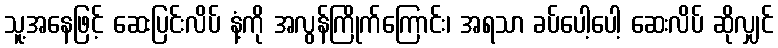
သူ့အနေဖြင့် ဆေးပြင်းလိပ် နံ့ကို အလွန်ကြိုက်ကြောင်း၊ အရသာ ခပ်ပေါ့ပေါ့ ဆေးလိပ် ဆိုလျှင်